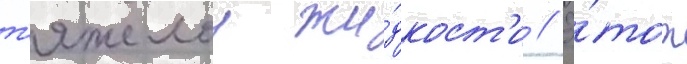
т'яжелои жи́дкост'и // Э́тот